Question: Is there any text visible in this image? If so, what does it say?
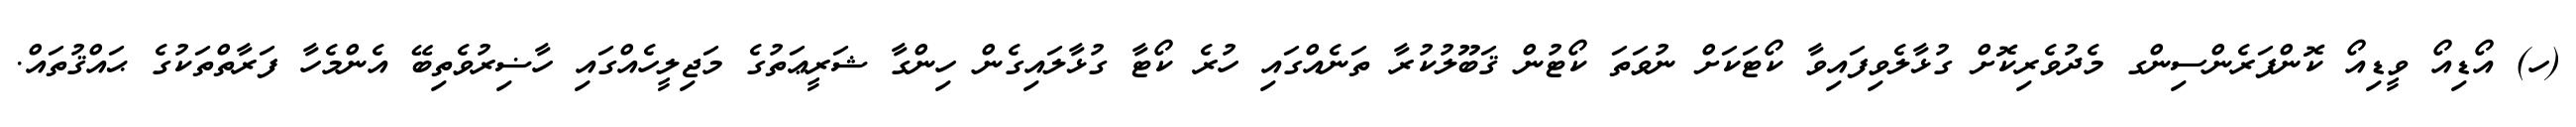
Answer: (ހ) އޯޑިއޯ ވީޑިއޯ ކޮންފަރެންސިންގ މެދުވެރިކޮށް ގުޅާލެވިފައިވާ ކޯޓަކަށް ނުވަތަ ކޯޓުން ޤަބޫލުކުރާ ތަނެއްގައި ހުރެ ކޯޓާ ގުޅާލައިގެން ހިންގާ ޝަރީޢަތުގެ މަޖިލީހެއްގައި ހާޟިރުވެތިބޭ އެންމެހާ ފަރާތްތަކުގެ ޙައްޤުތައް.